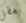
يخطئ